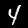
Digit: 4